Civil Veterinary Dept. North-West Frontier Province 1923-32 - 1923-1932
Year: 1923
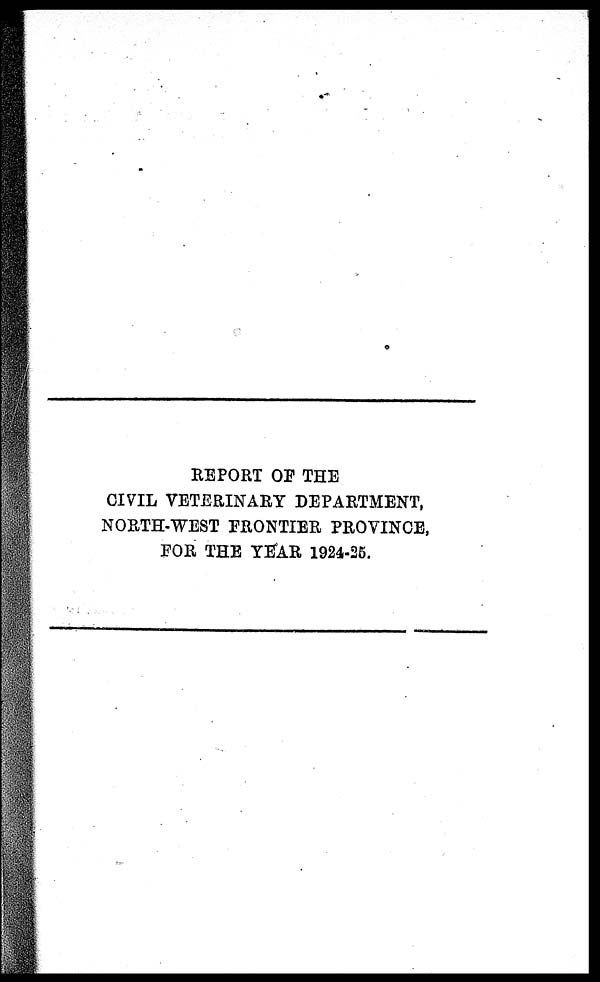
REPORT OF THE
CIVIL VETERINARY DEPARTMENT,
NORTH-WEST FRONTIER PROVINCE,
FOR THE YEAR 1924-25.